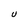
Character: U